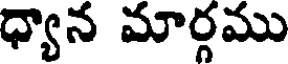
ధ్యాన మార్గము